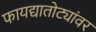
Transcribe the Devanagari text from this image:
फायद्यातोट्यांवर